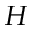
\boldsymbol { H }